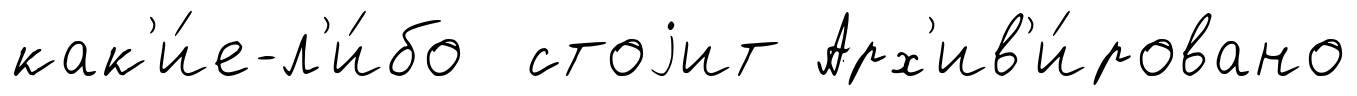
как'и́е-л'и́бо стоjит Арх'ив'и́ровано